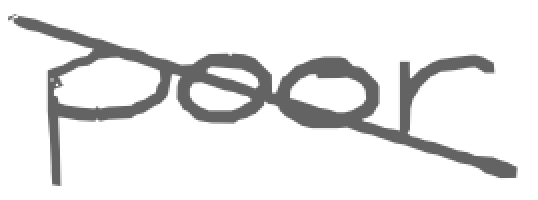
Text: poor
Cross-out: diagonal
Writing tool: digital_gray